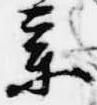
参